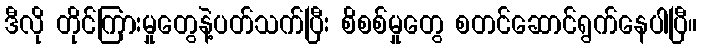
ဒီလို တိုင်ကြားမှုတွေနဲ့ပတ်သက်ပြီး စိစစ်မှုတွေ စတင်ဆောင်ရွက်နေပါပြီ။